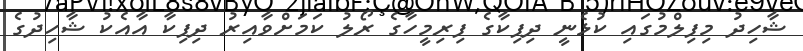
ޝާހިދު މިފިލްމުގައި ކުޅެނީ ދިޕިކާގެ ފިރިމީހާގެ ރޯލު ކަމަށްވާއިރު ދިޕިކާ އާއެކު ޝާހިދުގެ